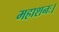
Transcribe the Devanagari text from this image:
महाशनः।